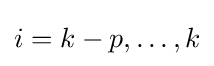
i=k-p,\dots ,k